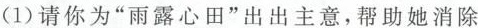
(1)请你为”雨露心田”出出主意，帮助她消除